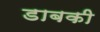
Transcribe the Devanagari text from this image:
डाबकी